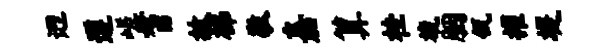
迥遵嵯耆故梯敬嘉算桂旒胭瓴擢堤